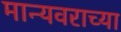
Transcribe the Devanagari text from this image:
मान्यवराच्या